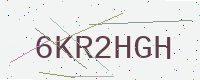
Text: 6KR2HGH